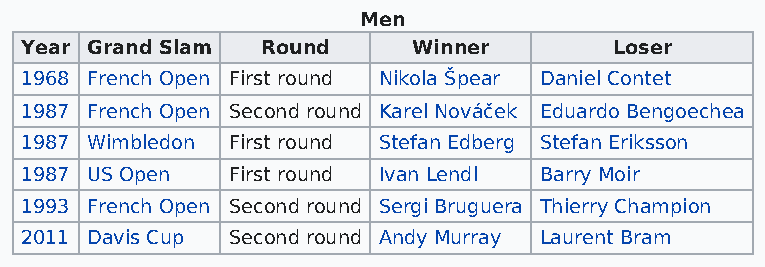
Men
 Year Grand Slam Round     Winner        Loser
 1968 French Open First round Nikola Špear Daniel Contet
 1987 French Open Second round Karel Nováček Eduardo Bengoechea
 1987 Wimbledon First round Stefan Edberg Stefan Eriksson
 1987 US Open  First round Ivan Lendl Barry Moir
 1993 French Open Second round Sergi Bruguera Thierry Champion
 2011 Davis Cup Second round Andy Murray Laurent Bram